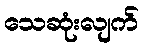
သေဆုံးလျက်